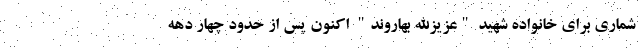
شماری برای خانواده شهید "عزیزالله بهاروند" اکنون پس از حدود چهار دهه